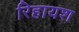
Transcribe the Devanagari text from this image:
रिहायश